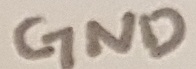
Text: GND